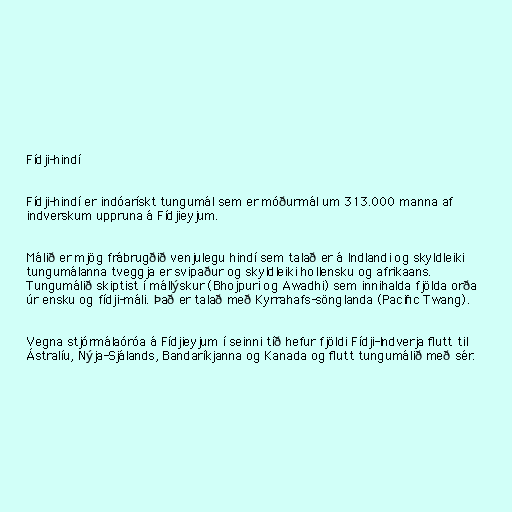
Fídji-hindí

Fídji-hindí er indóarískt tungumál sem er móðurmál um 313.000 manna af
indverskum uppruna á Fídjieyjum.

Málið er mjög frábrugðið venjulegu hindí sem talað er á Indlandi og skyldleiki
tungumálanna tveggja er svipaður og skyldleiki hollensku og afrikaans.
Tungumálið skiptist í mállýskur (Bhojpuri og Awadhi) sem innihalda fjölda orða
úr ensku og fídji-máli. Það er talað með Kyrrahafs-sönglanda (Pacific Twang).

Vegna stjórmálaóróa á Fídjieyjum í seinni tíð hefur fjöldi Fídji-Indverja flutt til
Ástralíu, Nýja-Sjálands, Bandaríkjanna og Kanada og flutt tungumálið með sér.